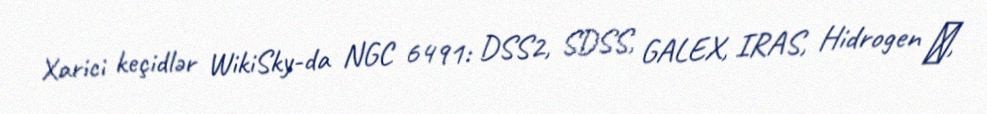
Xarici keçidlər WikiSky-da NGC 6491: DSS2, SDSS, GALEX, IRAS, Hidrogen α,